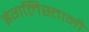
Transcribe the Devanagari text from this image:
इंगलिस्तानी